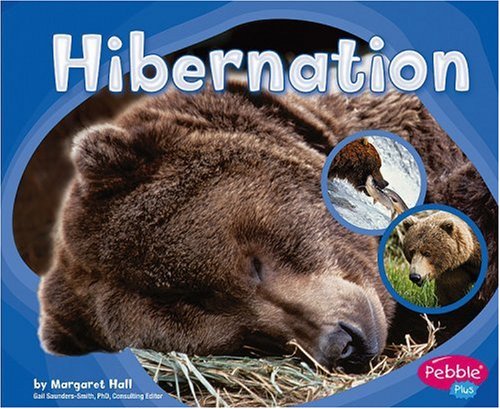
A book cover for Hibernation (Patterns in Nature); Margaret Hall; Children's Books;